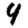
Digit: 4